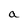
Character: a